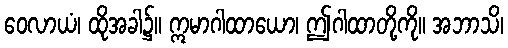
ဝေလာယံ၊ ထိုအခါ၌။ ဣမာဂါထာယော၊ ဤဂါထာတို့ကို။ အဘာသိ၊